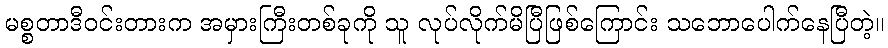
မစ္စတာဒီဝင်းတားက အမှားကြီးတစ်ခုကို သူ လုပ်လိုက်မိပြီဖြစ်ကြောင်း သဘောပေါက်နေပြီတဲ့။